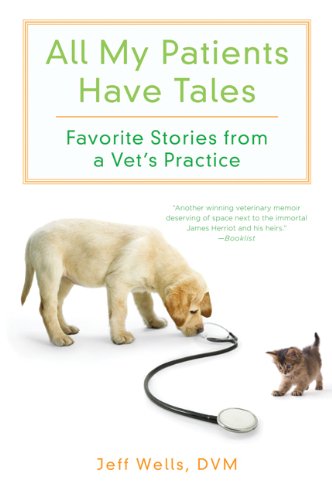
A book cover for All My Patients Have Tales: Favorite Stories from a Vet's Practice; Jeff Wells; Humor & Entertainment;